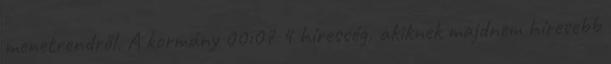
menetrendről. A kormány 00:07 4 híresség, akiknek majdnem híresebb